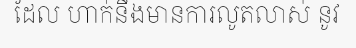
ដែល ហាក់នឹងមានការលូតលាស់ នូវ